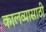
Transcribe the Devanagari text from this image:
कालव्यासाठी